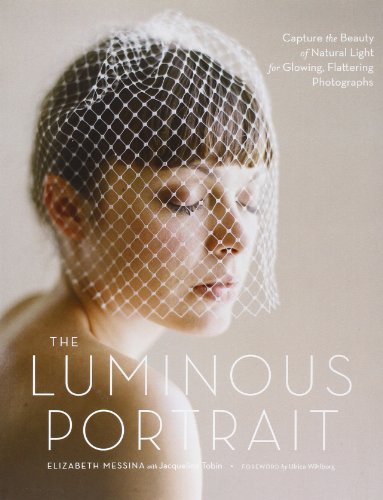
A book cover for The Luminous Portrait: Capture the Beauty of Natural Light for Glowing, Flattering Photographs; Elizabeth Messina; Arts & Photography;